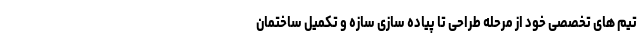
تیم های تخصصی خود از مرحله طراحی تا پیاده سازی سازه و تکمیل ساختمان